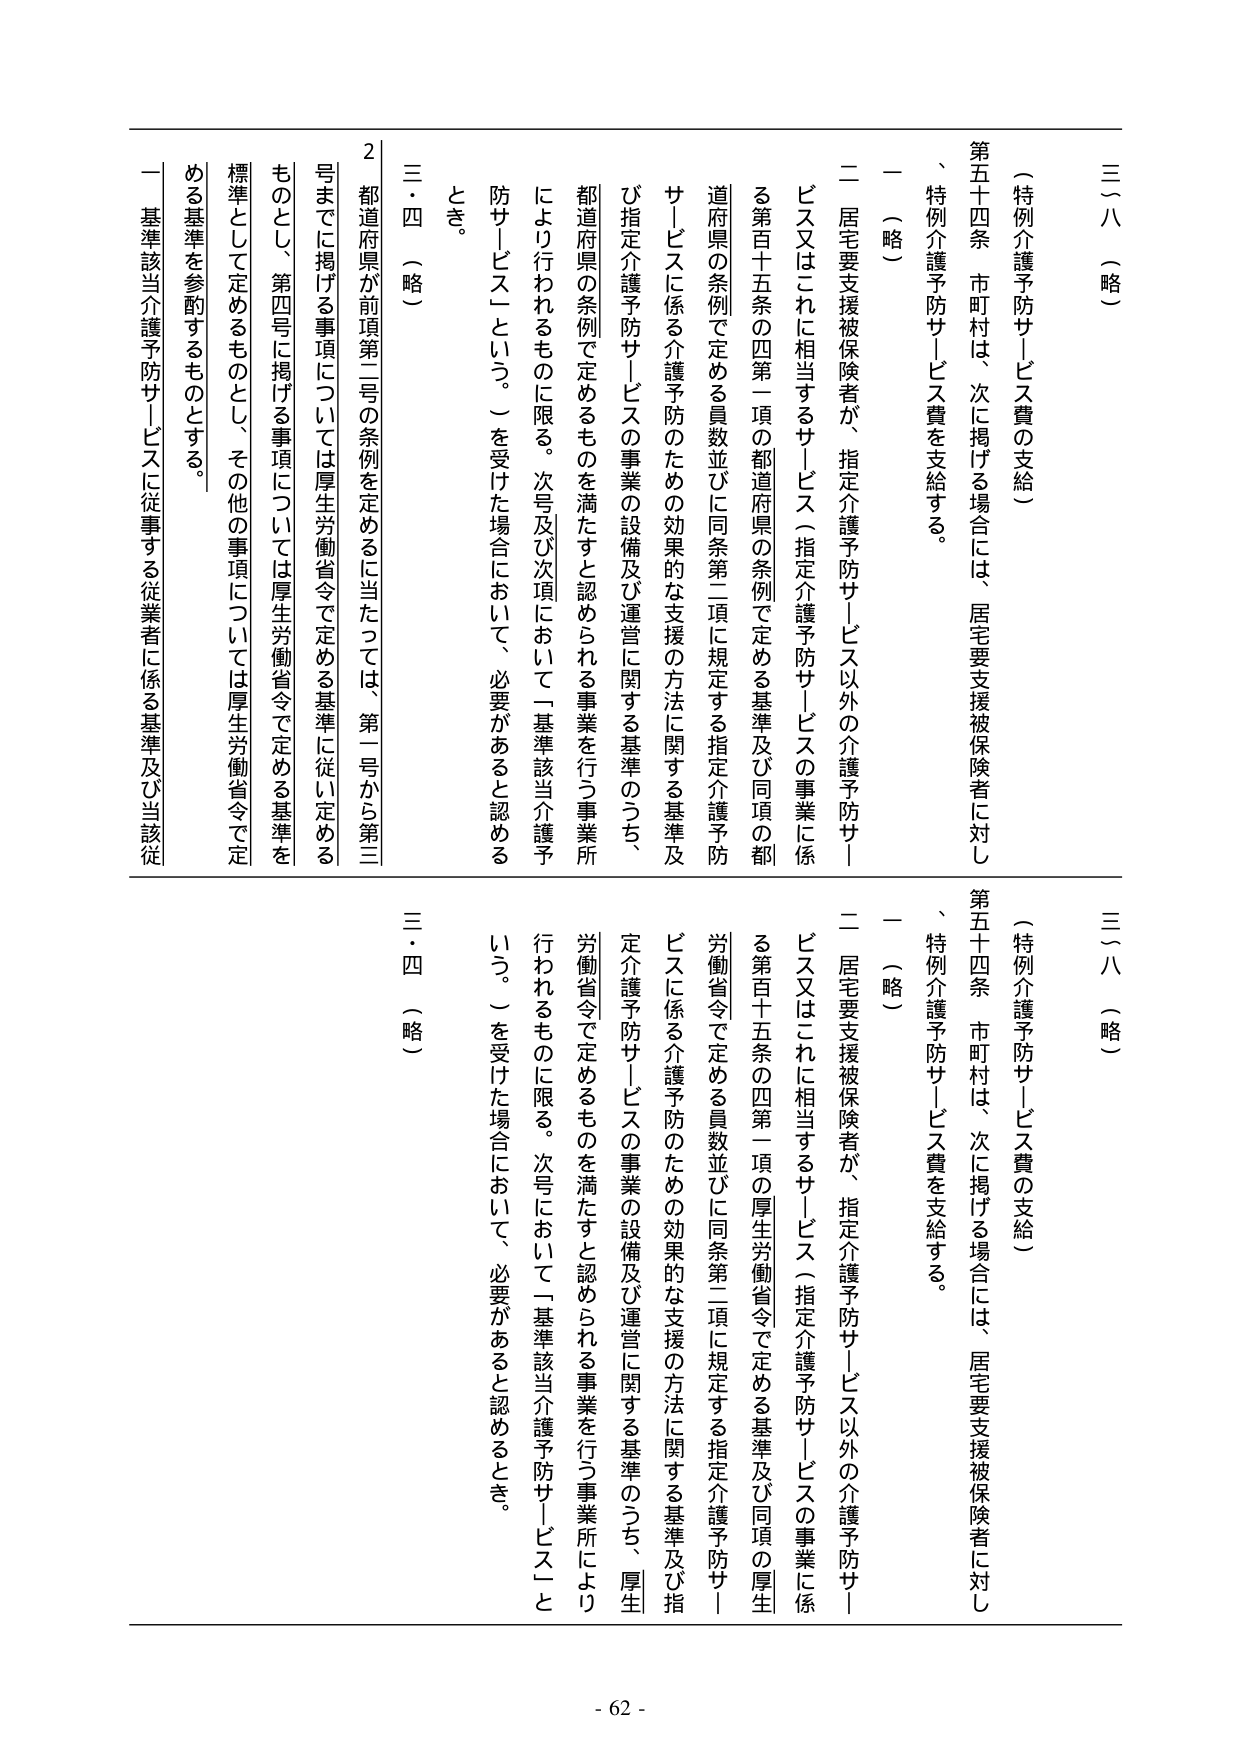
三（八）（略）

（特例介護予防サービス費の支給）

第五十四条 市町村は、次に掲げる場合には、居宅要支援被保険者に対し、特例介護予防サービス費を支給する。

一 （略）

二 居宅要支援被保険者が、指定介護予防サービス以外の介護予防サービス又はこれに相当するサービス（指定介護予防サービスの事業に係る第百十五条の四第一項の都道府県の条例で定める基準及び同項の都道府県の条例で定める員数並びに同条第二項に規定する指定介護予防サービスに係る介護予防のための効果的な支援の方法に関する基準及び指定介護予防サービスの事業の設備及び運営に関する基準のうち、都道府県の条例で定めるものを満たすと認められる事業を行う事業所により行われるものに限る。次号及び次項において「基準該当介護予防サービス」という。）を受けた場合において、必要があると認めるとき。

三・四 （略）

2 都道府県が前項第二号の条例を定めるに当たっては、第一号から第三号までに掲げる事項については厚生労働省令で定める基準に従い定めるものとし、第四号に掲げる事項については厚生労働省令で定める基準を標準として定めるものとし、その他の事項については厚生労働省令で定める基準を参酌するものとする。

一 基準該当介護予防サービスに従事する従業者に係る基準及び当該従

三（八）（略）

（特例介護予防サービス費の支給）

第五十四条 市町村は、次に掲げる場合には、居宅要支援被保険者に対し、特例介護予防サービス費を支給する。

一 （略）

二 居宅要支援被保険者が、指定介護予防サービス以外の介護予防サービス又はこれに相当するサービス（指定介護予防サービスの事業に係る第百十五条の四第一項の厚生労働省令で定める基準及び同項の厚生労働省令で定める員数並びに同条第二項に規定する指定介護予防サービスに係る介護予防のための効果的な支援の方法に関する基準及び指定介護予防サービスの事業の設備及び運営に関する基準のうち、厚生労働省令で定めるものを満たすと認められる事業を行う事業所により行われるものに限る。次号において「基準該当介護予防サービス」という。）を受けた場合において、必要があると認めるとき。

三・四 （略）

- 62 -